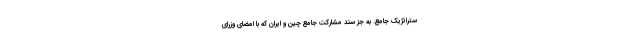
ستراتژیک جامع. به جز سند مشارکت جامع چین و ایران که با امضای وزرای